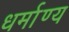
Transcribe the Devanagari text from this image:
धर्माण्य